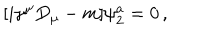
LaTeX: [ i \gamma ^ { \mu } D _ { \mu } - m ] \psi _ { 2 } ^ { a } = 0 \, ,